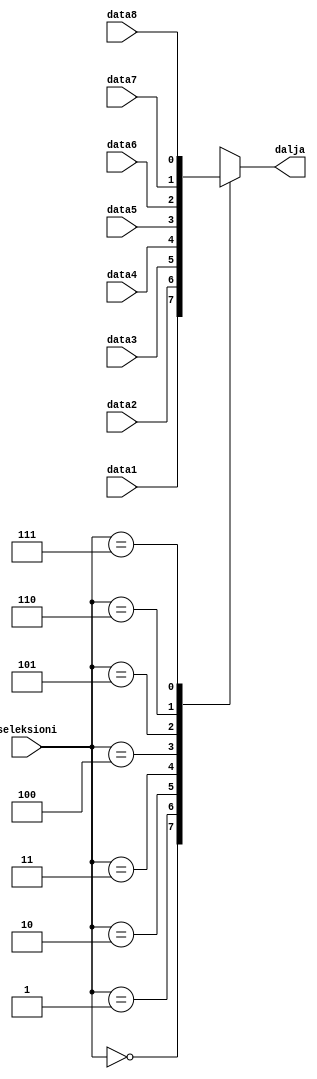
`timescale 1ns / 1ps
//////////////////////////////////////////////////////////////////////////////////
// Company: 
// Engineer: 
// 
// Design Name: 
// Module Name: mux_8_1
// Project Name: 
// Target Devices: 
// Tool Versions: 
// Description: 
// 
// Dependencies: 
// 
// Revision:
// Revision 0.01 - File Created
// Additional Comments:
// 
//////////////////////////////////////////////////////////////////////////////////


module mux_8_1(seleksioni,data1,data2,data3,data4,data5,data6,data7,data8,dalja
    );
input [2:0] seleksioni;
input data1;
input data2;
input data3;
input data4;
input data5;
input data6;
input data7;
input data8;
output dalja;
reg dalja;
always @ (seleksioni or data1,data2,data3,data4,data5,data6,data7,data8)
begin
case (seleksioni)
3'b000: dalja = data1;
3'b001: dalja = data2;
3'b010 : dalja = data3;
3'b011 : dalja = data4;
3'b100 : dalja = data5;
3'b101 : dalja = data6;
3'b110 : dalja = data7;
3'b111 : dalja = data8;
endcase
end
endmodule